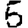
Digit: 5